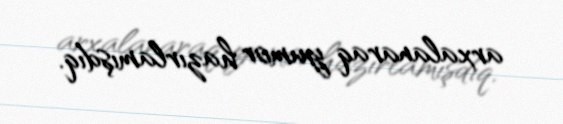
arxalanaraq yumor hazırlamışdıq.